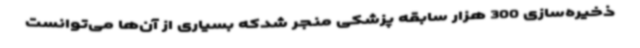
ذخیره‌سازی 300 هزار سابقه پزشکی منجر شدکه بسیاری از آن‌ها می‌توانست